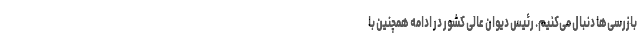
بازرسی‌ها دنبال می‌کنیم. رئیس دیوان عالی کشور در ادامه همچنین با